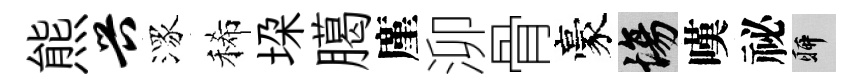
熊兴潈稀垜臈廑泖骨豪場嘆祕聊